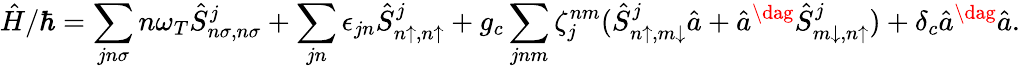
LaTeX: \hat{H}/\hbar=\sum_{jn\sigma}n\omega_{T}\hat{S}_{n\sigma,n\sigma}^{j}+\sum_{jn}\epsilon_{jn}\hat{S}_{n\uparrow,n\uparrow}^{j}+g_{c}\sum_{jnm}\zeta_{j}^{nm}(\hat{S}_{n\uparrow,m\downarrow}^{j}\hat{a}+\hat{a}^{\dag}\hat{S}_{m\downarrow,n\uparrow}^{j})+\delta_{c}\hat{a}^{\dag}\hat{a}.